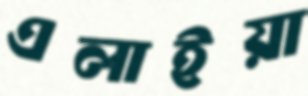
এলাইয়া